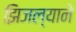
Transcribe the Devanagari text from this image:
झिजल्याने